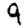
Digit: 9